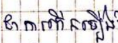
ជាការកើនឡើង